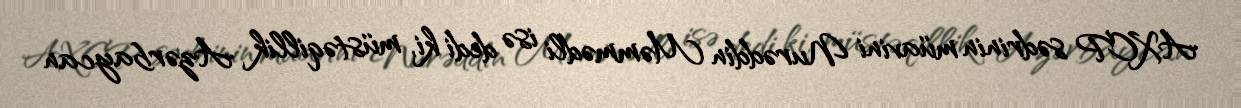
AXCP sədrinin müavini Nurəddin Məmmədli isə dedi ki, müstəqillik Azərbaycan